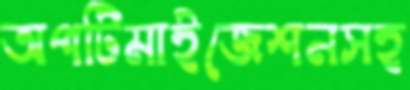
অপটিমাইজেশনসহ